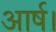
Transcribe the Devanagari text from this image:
आर्ष।